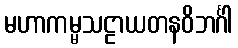
မဟာကမ္မသဠာယတနဝိဘင်္ဂါ